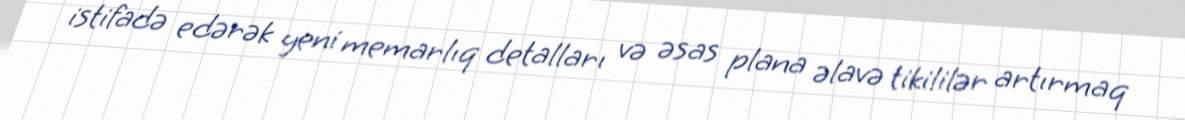
istifadə edərək yeni memarlıq detalları və əsas plana əlavə tikililər artırmaq